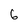
Character: 6